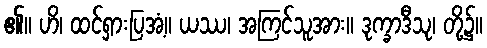
၏။ ဟိ၊ ထင်ရှားပြအံ့။ ယဿ၊ အကြင်သူအား။ ဒုက္ခာဒီသု၊ တို့၌။